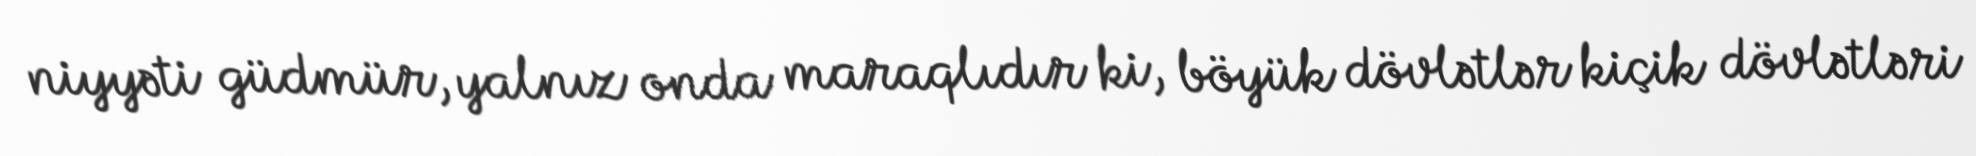
niyyəti güdmür, yalnız onda maraqlıdır ki, böyük dövlətlər kiçik dövlətləri